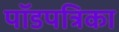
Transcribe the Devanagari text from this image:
पॉडपत्रिका